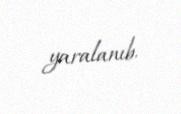
yaralanıb.